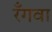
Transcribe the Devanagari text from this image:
रँगवा